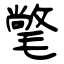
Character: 氅